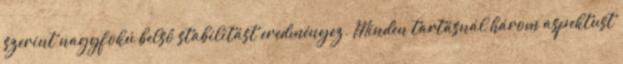
szerint nagyfokú belső stabilitást eredményez. Minden tartásnál három aspektust